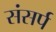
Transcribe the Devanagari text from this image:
संसर्प